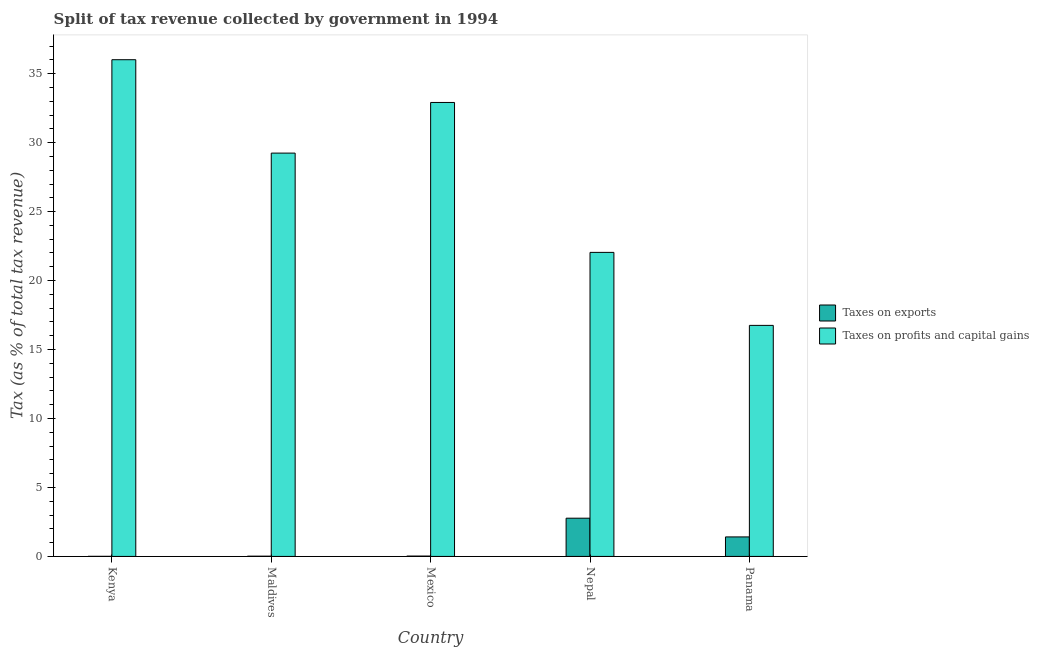
| Country | Taxes on exports | Taxes on profits and capital gains |
 | --- | --- | --- |
 | Kenya | 0.00668 | 36 |
 | Maldives | 0.0186 | 29.2 |
 | Mexico | 0.0264 | 32.9 |
 | Nepal | 2.77 | 22 |
 | Panama | 1.41 | 16.8 |